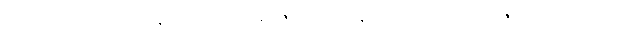
သူတရားဟောစဉ်က နိုင်ငံရေးထက် ရာဇဝင်သမိုင်းနဲ့ စာပေဘက် ကို ဇောင်းပေးဟောခဲ့လို့